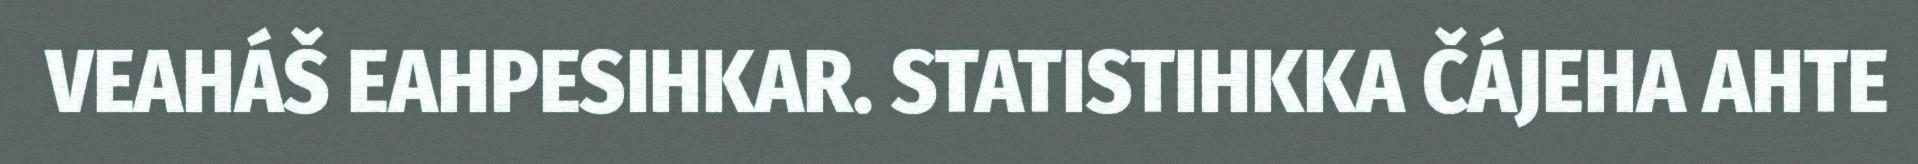
VEAHÁŠ EAHPESIHKAR. STATISTIHKKA ČÁJEHA AHTE